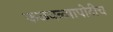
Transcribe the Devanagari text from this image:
कळवळ्यापोटीच